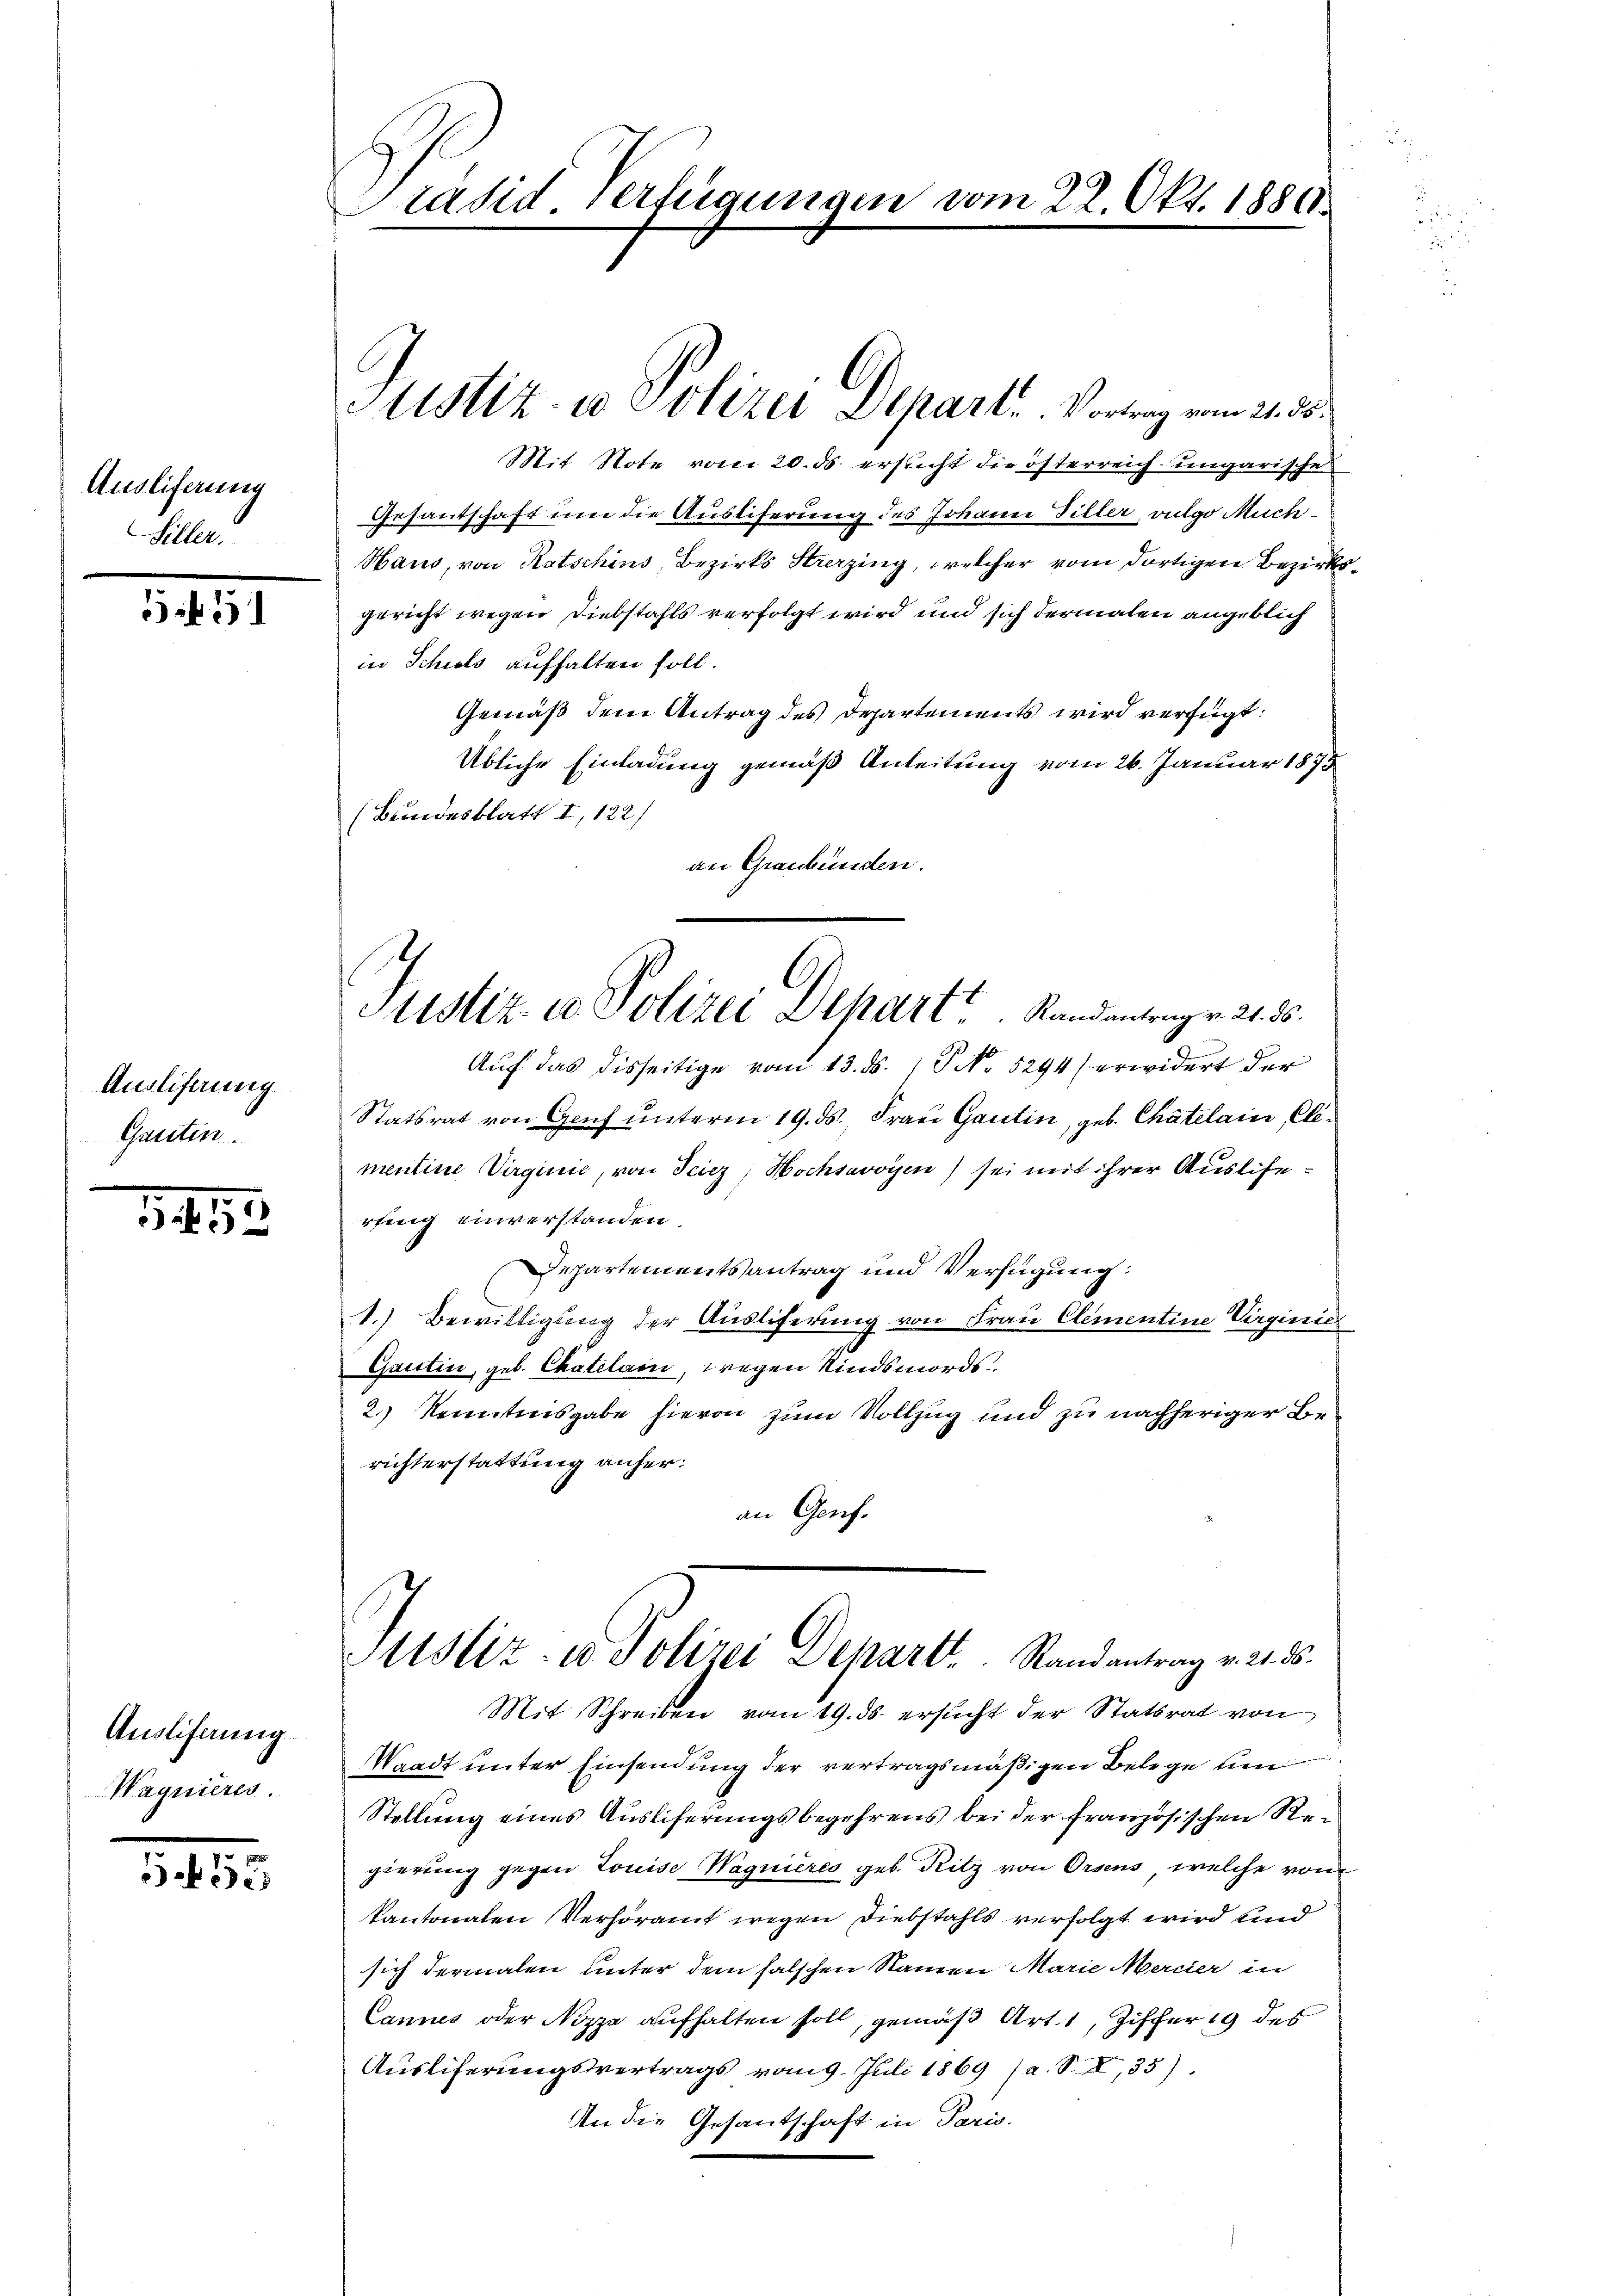
Ansliferung
Siller.

551

Ausliferung
Gasiten.

342

Auslieferung.
Wagnières.

535

Präsid. Verfügungen vom 22. Okt. 1886.

Astiz- u Polizei Depart. Vortrag vom 21. ds.

Mit Note vom 20. ds. ersticht die österreich ungarische
Gesandschaft um die Ausliferung des Johann Piller, vulgo Much¬
Haus, von Ratschins, Bezirks Strazing, welcher vom dortigen Bezirksgericht wegen Diebstahls verfolgt wird und sich dermalen angeblich
in Schils aufhalten soll.
Gemäß dem Antrag des Departements wird verfügt:
Übliche Einladung gemäß Anleitung vom 26. Januar 1873
(Bundesblatt I, 122)
an Graubünden.
Auf das disseitige vom 13. ds. / P No 5294) erwidert der
Statsrat von Genf unterm 19. ds. Frau Gautin, geb. Chatelain, Clementine Virginie, von Sciez, Hochsavoyen) sei mit ihrer Auslierling einverstanden.
Departementsantrag und Verfügung:
1.) Bewilligung der Ausliferung von Frau Clementine Virginie
Gantin, geb. Chatelar, wegen Kindsmords
2.) Kenntnisgabe hievon zum Vollzug und zu nachheriger Berichterstattung anher:
an Genf.
Custiz- u Polizei Depart. Randantrag v. 21. ds.
Mit Schreiben vom 19. ds. ersucht der Statsrat von
Waadt unter Einsendung der vertragsmäßigen Belege un
Stellung eines Ausliferungsbegehrens bei der französischen Regierung gegen Louise Wagnieres geb. Ritz von Orsens, welche von
kantonalen Verhöramt wegen Diebstahls verfolgt wird und
sich dermalen unter dem falschen Namen Marie Mercier in
Cannes oder Nizza aufhalten soll, gemäß Art. 1, Ziffer 19 des
Ausliferungsvertrags vom 9. Juli 1869 (a. S. I,35).
An die Gesandschaft in Paris.

Justiz u. Polizei Depart.   Randantragen 21. 35.